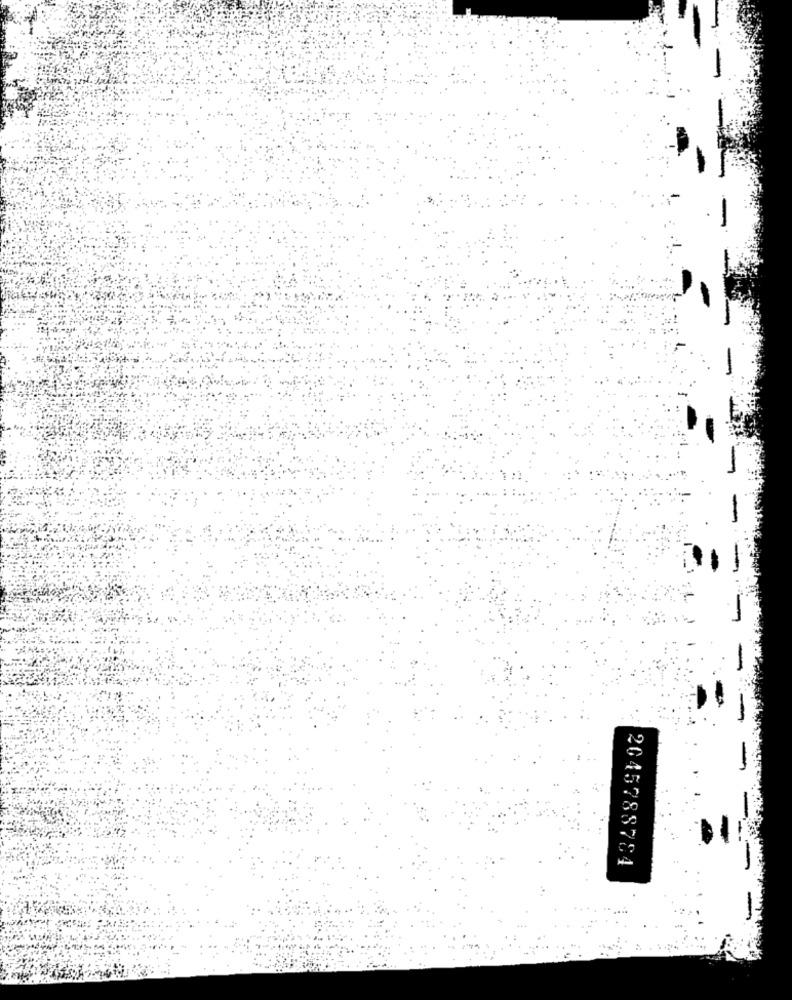
2045788784